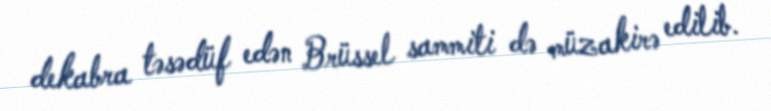
dekabra təsədüf edən Brüssel sammiti də müzakirə edilib.